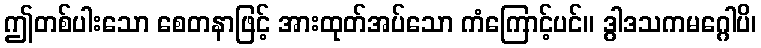
ဤတစ်ပါးသော စေတနာဖြင့် အားထုတ်အပ်သော ကံကြောင့်ပင်။ ဒွါဒသကမဂ္ဂေါပိ၊